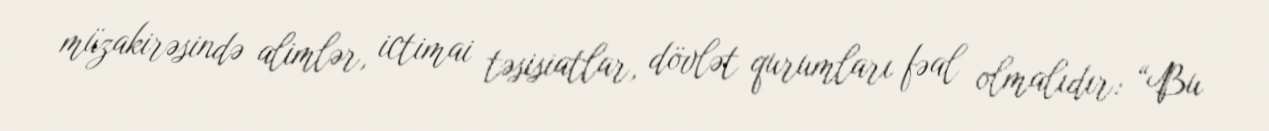
müzakirəsində alimlər, ictimai təsisiatlar, dövlət qurumları fəal olmalıdır: “Bu